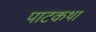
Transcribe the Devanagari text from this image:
पाटकथा